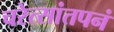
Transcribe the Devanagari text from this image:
चरेत्सांतपनं